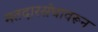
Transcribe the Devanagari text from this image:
मतदारसंघावरून